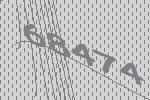
68474